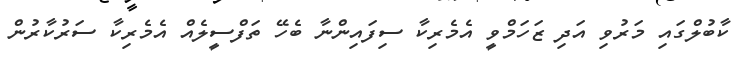
ކާބުލްގައި މަރުވި އަދި ޒަހަމްވީ އެމެރިކާ ސިފައިންނާ ބެހޭ ތަފްސީލެއް އެމެރިކާ ސަރުކާރުން